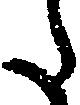
た